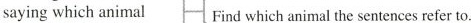
saying which animal Find which animal the sentences refer to.